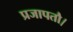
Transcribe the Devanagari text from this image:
प्रजापतौ।